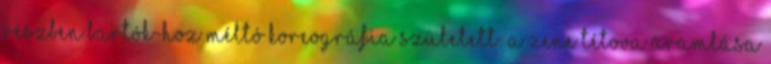
részben Bartók-hoz méltó koreográfia született: a Zene tétova áramlása